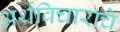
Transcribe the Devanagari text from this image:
अर्थविचाराचे